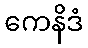
ကေနိဒံ